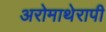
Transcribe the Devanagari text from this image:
अरोमाथेरापी